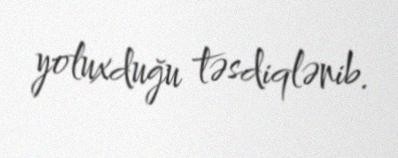
yoluxduğu təsdiqlənib.